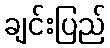
ချင်းပြည်